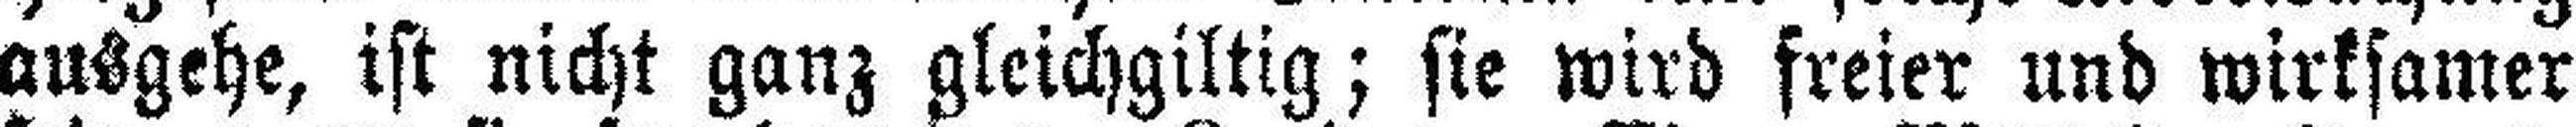
ausgehe, ist nicht ganz gleichgiltig; sie wird freier und wirksamer